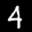
Label: 4